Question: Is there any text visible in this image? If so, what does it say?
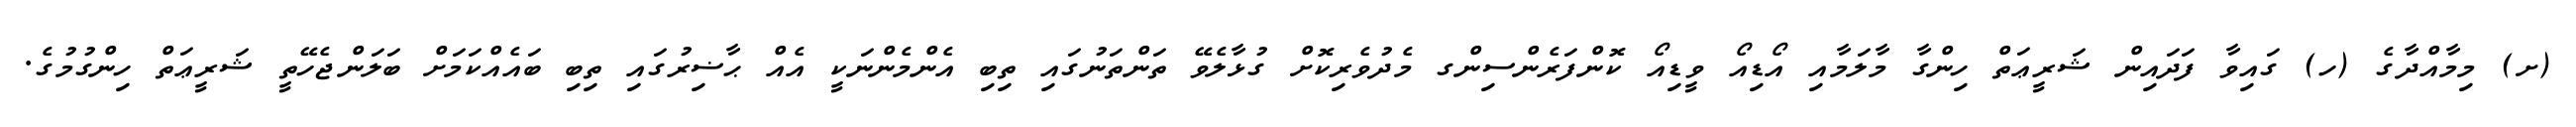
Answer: (ށ) މިމާއްދާގެ (ހ) ގައިވާ ފަދައިން ޝަރީޢަތް ހިންގާ މާލަމާއި އޯޑިއޯ ވީޑިއޯ ކޮންފަރެންސިންގ މެދުވެރިކޮށް ގުޅާލެވޭ ތަންތަނުގައި ތިބި އެންމެންނަކީ އެއް ޙާޟިރުގައި ތިބި ބައެއްކަމަށް ބަލަންޖެހޭތީ ޝަރީޢަތް ހިންގުމުގެ.